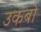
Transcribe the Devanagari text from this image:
उकबो